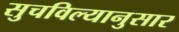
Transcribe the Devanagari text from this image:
सुचविल्यानुसार